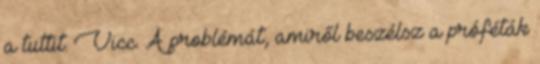
a tuttit. Vicc. A problémát, amiről beszélsz a próféták